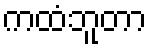
ကထံဘူတာ